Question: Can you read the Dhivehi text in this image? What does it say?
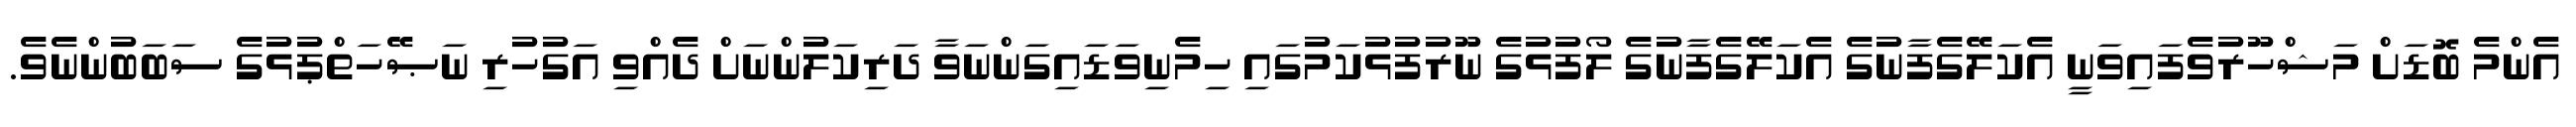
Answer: އެންމެ ބޮޑަށް މަޝްހޫރުވެފައިވަނީ އެކަލޭގެފާނުގެ އެކަލޭގެފާނުގެ ލޯފުޅުގެ ނޫރުފުޅުކަމުގައި ހިމެނިވަޑައިގަންނަވާ ދަރިކަލުންނަށް ދެއްވި އަގުހުރި ނަޞޭހަތްޕުޅުގެ ސަބަބުންނެވެ.